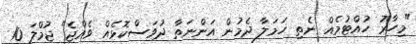
"މިހާރު ހުއްޓުމެއް ނެތި ހަމަލާ ދެމުން އަންނަތާ ދުވަސްކޮޅެއް ވެއްޖެ" ޖުމްލަ 10